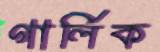
গার্লিক